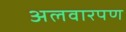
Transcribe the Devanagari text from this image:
अलवारपण